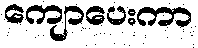
ကျောပေးကာ